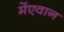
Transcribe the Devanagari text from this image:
मेंएवान